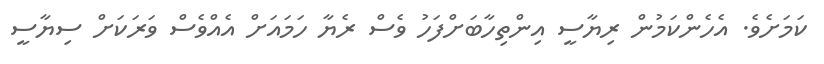
ކަމަށެވެ. އެހެންކަމުން ރިޔާސީ އިންތިހާބަށްފަހު ވެސް ރެޔާ ހަމައަށް އެއްވެސް ވަރަކަށް ސިޔާސީ